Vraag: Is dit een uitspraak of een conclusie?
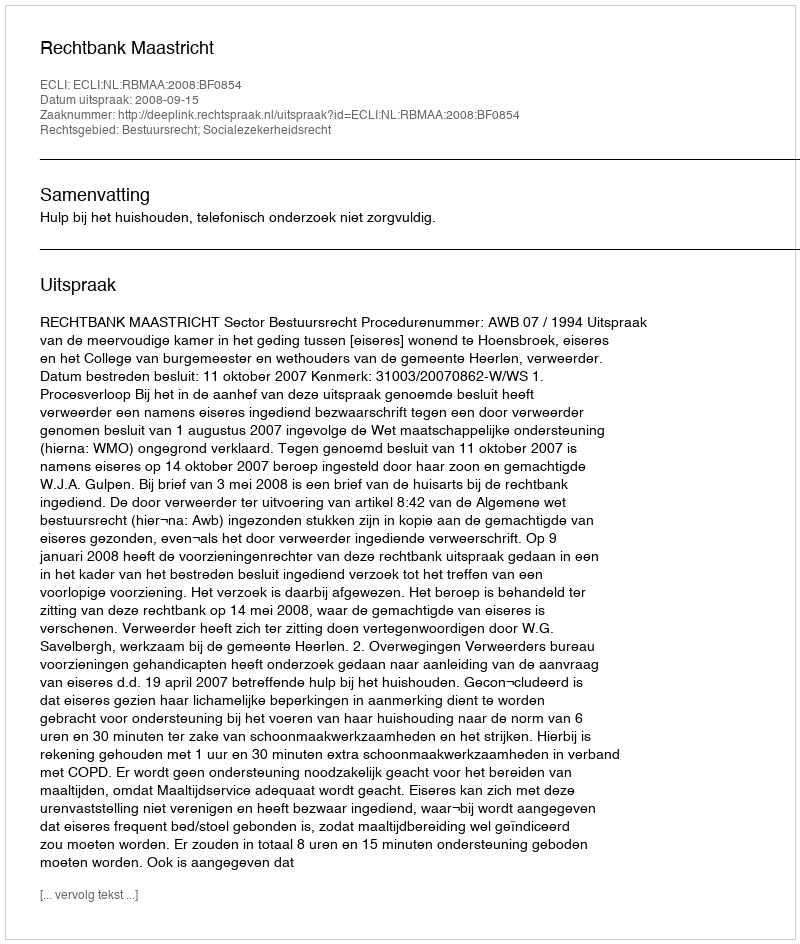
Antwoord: Uitspraak